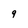
Character: 9